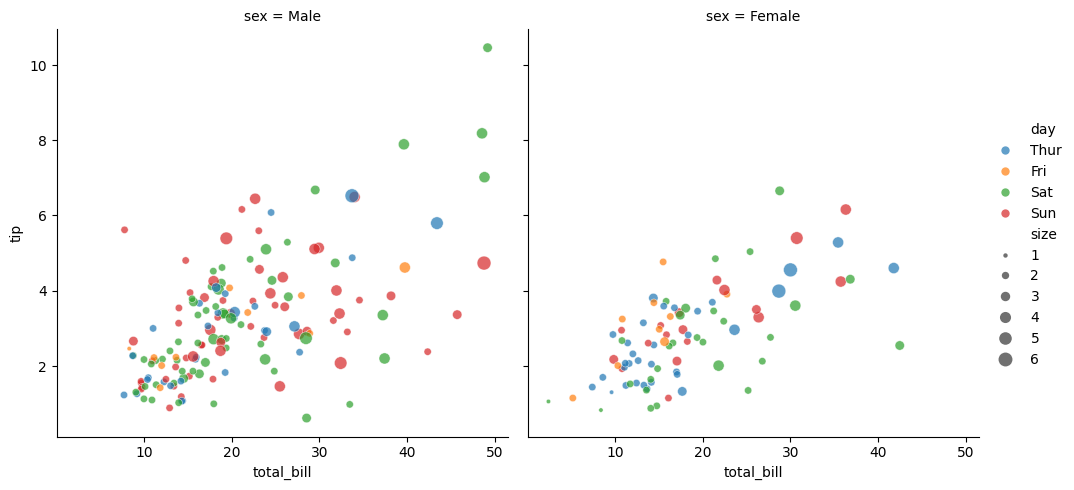
python, seaborn, relplot, alpha=0.7